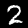
Label: 2